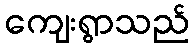
ကျေးရွာသည်